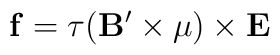
{\bf f} = \tau ({\bf B}'\times{\bf\mu})\times {\bf E}